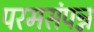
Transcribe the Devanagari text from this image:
परमसंपन्न